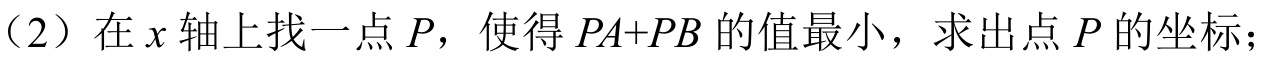
（2）在\(x\)轴上找一点\(P\)，使得\(PA + PB\)的值最小，求出点\(P\)的坐标；